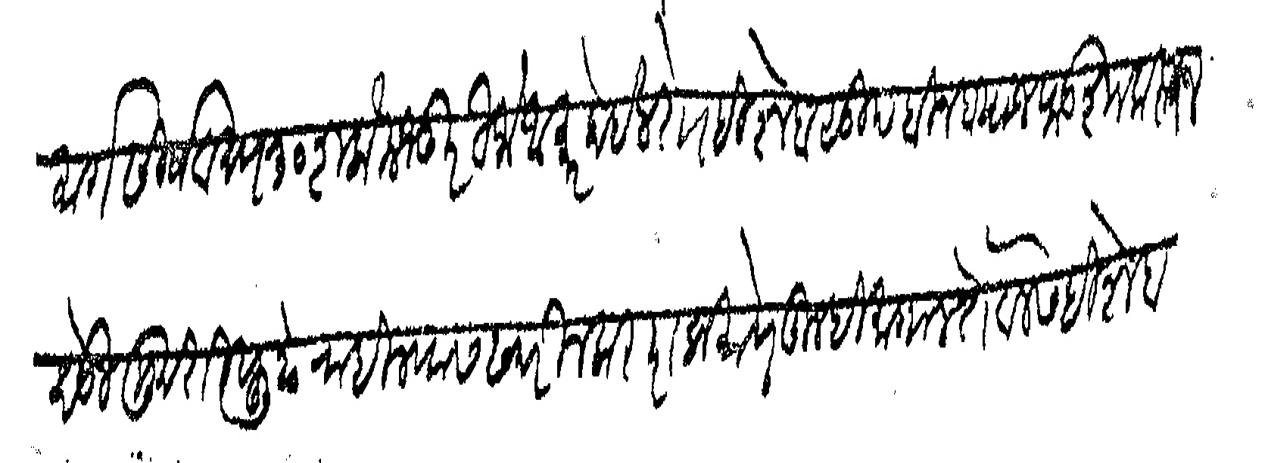
Transliteration (Devanagari): मार्गशीर्ष वद्य ३० शके मजकूरी जो आकार होईल तो हिशेब सु बिन ब्याज फडशा करून देऊ मुदती पुढे राहिल्यास सदरील कराराप्रमाणे तुम्ही मागाल ते वेलेस हिशेब